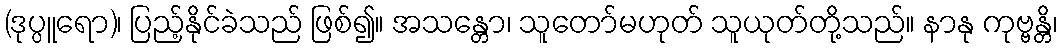
(ဒုပ္ပူရော)၊ ပြည့်နိုင်ခဲသည် ဖြစ်၍။ အသန္တော၊ သူတော်မဟုတ် သူယုတ်တို့သည်။ နာနု ကုဗ္ဗန္တိ၊